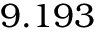
9 . 1 9 3